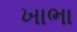
ખાભા